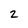
Character: 2